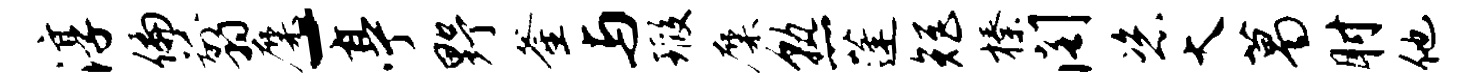
淳偏翦麋-亭野釜与瑕麋熟蓬矩榛阁恣大葛肘他